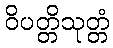
ဝိပတ္တိသုတ္တံ